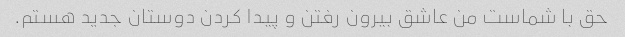
حق با شماست من عاشق بیرون رفتن و پیدا کردن دوستان جدید هستم.